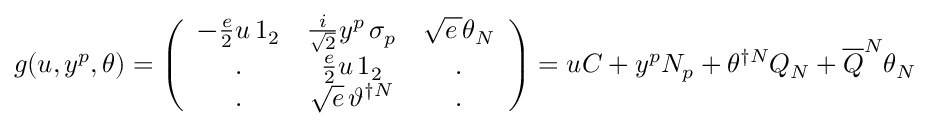
g ( u , y ^ { p } , \theta ) = \left( \begin{array} { c c c } { { - \frac { e } { 2 } u \, 1 _ { 2 } } } & { { \frac { i } { \sqrt { 2 } } y ^ { p } \, \sigma _ { p } } } & { { \sqrt { e \, } \theta _ { N } } } \\ { { . } } & { { \frac { e } { 2 } u \, 1 _ { 2 } } } & { { . } } \\ { { . } } & { { \sqrt { e } \, \vartheta ^ { \dagger N } } } & { { . } } \end{array} \right) = u { \cal C } + y ^ { p } { \cal N } _ { p } + \theta ^ { \dagger N } Q _ { N } + \overline { { { Q } } } ^ { N } \theta _ { N }